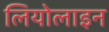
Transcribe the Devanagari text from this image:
लियोलाइन